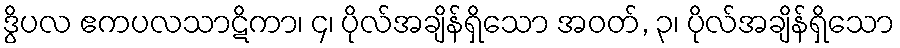
ဒွိပလ ဧကပလသာဋိကာ၊ ၄၊ ပိုလ်အချိန်ရှိသော အဝတ်, ၃၊ ပိုလ်အချိန်ရှိသော